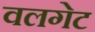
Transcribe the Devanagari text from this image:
वलगेट